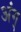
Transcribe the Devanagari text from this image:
अंग्